Vaccination report Assam 1896-1927 - 1896-1927
Year: 1896
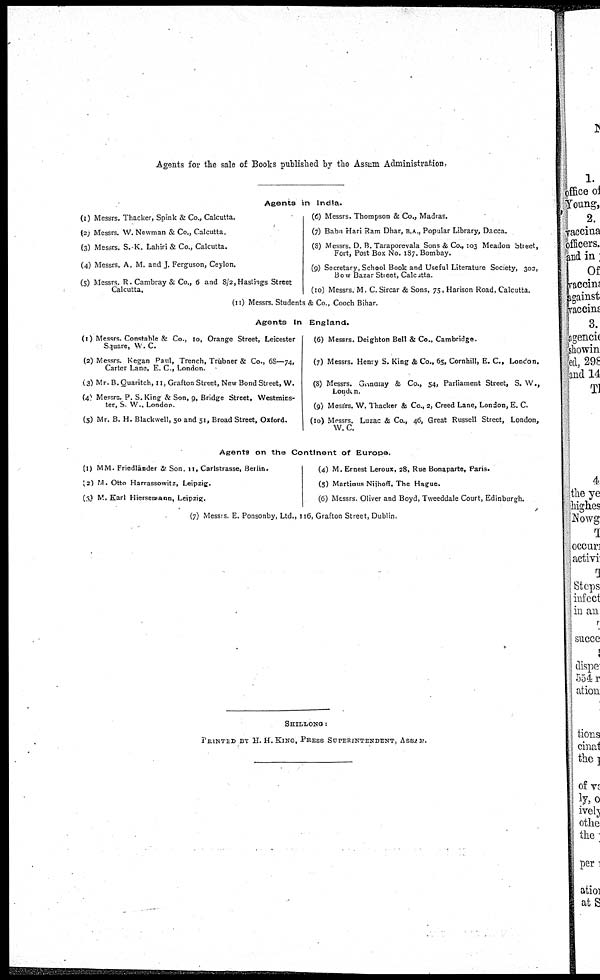
Agents for the sale of Books published by the Assam Administration,
Agents in India.
(1) Messrs. Thacker, Spink & Co., Calcutta.
(2) Messrs. W. Newman & Co., Calcutta,
(3) Messrs. S.K. Lahiri & Co., Calcutta.
(4) Messrs. A. M. and J. Ferguson, Ceylon.
(5) Messrs. R. Cambray & Co., 6 and 8/2,Hastings Street
Calcutta.
(6) Messrs. Thompson & Co., Madras.
(7) Babu Hari Ram Dhar, B.A., Popular Library, Dacca.
(8) Messrs. D. B. Taraporevala Sons & Co., 103 Meadon Street,
Fort, Post Box No. 187. Bombay.
(9) Secretary, School Book and Useful Literature Society, 302,
Bow Bazar Street, Calcutta.
(10) Messrs. M. C. Sircar & Sons, 75, Hanson Road, Calcutta.
(11) Messrs. Students & Co., Cooch Bihar.
Agents In England.
(1) Messrs. Constable & Co., 10, Orange Street, Leicester
Square, W. C.
(2) Messrs. Kegan Paul, Trench, Trubner & Co., 68—74,
Carter Lane, E. C, London.
(3) Mr. B. Quaritch, 11, Grafton Street, New Bond Street, W.
(4) Messre P. S. King & Son, 9, Bridge Street, Westmins-
ter, S. W., London.
(5) Mr. B. H. Blackwell, 50 and 51, Broad Street, Oxford.
(€) Messrs. Deighton Bell & Co., Cambridge.
(7) Messrs. Henry S. King & Co., 65, Cornhill, E. C, London.
(8) Messrs. Grinbray & Co., 54, Parliament Street, S. W.,
London.
(9) Messrs. W. Thacker & Co., 2, Creed Lane, London, E. C.
(10) Messrs. Luzac & Co., 46, Great Russell Street, London,
W.C.
Agents on the Continent of Europe.
(1) MM. Friedländer & Son, 11, Caristrasse, Berlin.
(2) M. Otto Harrassowitz, Leipzig.
(3) M. Karl Hiersemann, Leipzig.
(4) M. Ernest Leroux, 28, Rue Bonaparte, Paris.
(5) Martinus Nijhoff, The Hague.
(6) Messrs. Oliver and Boyd, Tweeddale Court, Edinburgh.
(7) Messrs. E. Ponsonby, Ltd., 116, Grafton Street, Dublin.
SHILLONG :
PRINTED BY H. H.KING, PRESS SUPERINTENDENT, Assian.